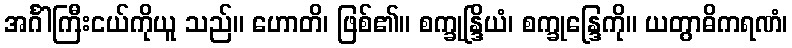
အင်္ဂါကြီးငယ်ကိုယူ သည်။ ဟောတိ၊ ဖြစ်၏။ စက္ခုန္ဒြိယံ၊ စက္ခုန္ဒြေကို။ ယတွာဓိကရဏံ၊